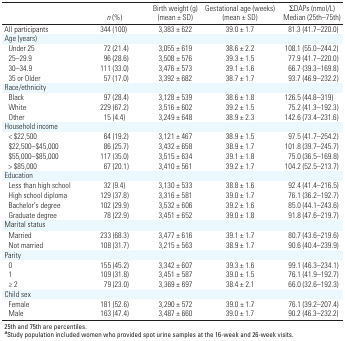
<table><thead><tr><td><b>n (%)</b></td><td><b>Birth weight (g) (mean ± SD)</b></td><td><b>Gestational age (weeks) (mean ± SD)</b></td><td><b>ΣDAPs (nmol/L) Median (25th–75th) </b></td></tr></thead><tbody><tr><td>All participants</td><td></td><td>344 (100)</td><td></td><td>3,383 ± 622</td><td></td><td>39.0 ± 1.7</td><td></td><td>81.3 (41.7–220.0)</td></tr><tr><td>Age (years)</td><td></td><td></td><td></td><td></td><td></td><td></td><td></td><td></td></tr><tr><td>Under 25</td><td></td><td>72 (21.4)</td><td></td><td>3,055 ± 619</td><td></td><td>38.6 ± 2.2</td><td></td><td>108.1 (55.0–244.2)</td></tr><tr><td>25–29.9</td><td></td><td>96 (28.6)</td><td></td><td>3,508 ± 576</td><td></td><td>39.3 ± 1.5</td><td></td><td>77.9 (41.7–220.0)</td></tr><tr><td>30–34.9</td><td></td><td>111 (33.0)</td><td></td><td>3,476 ± 573</td><td></td><td>39.1 ± 1.6</td><td></td><td>66.7 (39.3–169.8)</td></tr><tr><td>35 or Older</td><td></td><td>57 (17.0)</td><td></td><td>3,392 ± 682</td><td></td><td>38.7 ± 1.7</td><td></td><td>93.7 (46.9–232.2)</td></tr><tr><td>Race/ethnicity</td><td></td><td></td><td></td><td></td><td></td><td></td><td></td><td></td></tr><tr><td>Black</td><td></td><td>97 (28.4)</td><td></td><td>3,128 ± 539</td><td></td><td>38.6 ± 1.8</td><td></td><td>126.5 (44.8–319)</td></tr><tr><td>White</td><td></td><td>229 (67.2)</td><td></td><td>3,516 ± 602</td><td></td><td>39.2 ± 1.5</td><td></td><td>75.2 (41.3–192.3)</td></tr><tr><td>Other</td><td></td><td>15 (4.4)</td><td></td><td>3,249 ± 648</td><td></td><td>38.9 ± 2.3</td><td></td><td>142.6 (73.4–231.6)</td></tr><tr><td>Household income</td><td></td><td></td><td></td><td></td><td></td><td></td><td></td><td></td></tr><tr><td>&lt; $22,500</td><td></td><td>64 (19.2)</td><td></td><td>3,121 ± 467</td><td></td><td>38.9 ± 1.5</td><td></td><td>97.5 (41.7–254.2)</td></tr><tr><td>$22,500–$45,000</td><td></td><td>86 (25.7)</td><td></td><td>3,432 ± 658</td><td></td><td>38.9 ± 1.7</td><td></td><td>101.8 (39.7–245.7)</td></tr><tr><td>$55,000–$85,000</td><td></td><td>117 (35.0)</td><td></td><td>3,515 ± 634</td><td></td><td>39.1 ± 1.8</td><td></td><td>75.0 (36.5–169.8)</td></tr><tr><td>&gt; $85,000</td><td></td><td>67 (20.1)</td><td></td><td>3,410 ± 561</td><td></td><td>39.2 ± 1.7</td><td></td><td>104.2 (52.5–213.7)</td></tr><tr><td>Education</td><td></td><td></td><td></td><td></td><td></td><td></td><td></td><td></td></tr><tr><td>Less than high school</td><td></td><td>32 (9.4)</td><td></td><td>3,130 ± 533</td><td></td><td>38.8 ± 1.6</td><td></td><td>92.4 (41.4–216.5)</td></tr><tr><td>High school diploma</td><td></td><td>129 (37.8)</td><td></td><td>3,316 ± 581</td><td></td><td>39.0 ± 1.7</td><td></td><td>76.1 (36.2–192.7)</td></tr><tr><td>Bachelor’s degree</td><td></td><td>102 (29.9)</td><td></td><td>3,532 ± 606</td><td></td><td>39.2 ± 1.6</td><td></td><td>85.0 (44.1–243.6)</td></tr><tr><td>Graduate degree</td><td></td><td>78 (22.9)</td><td></td><td>3,451 ± 652</td><td></td><td>39.0 ± 1.8</td><td></td><td>91.8 (47.6–219.7)</td></tr><tr><td>Marital status</td><td></td><td></td><td></td><td></td><td></td><td></td><td></td><td></td></tr><tr><td>Married</td><td></td><td>233 (68.3)</td><td></td><td>3,477 ± 616</td><td></td><td>39.1 ± 1.7</td><td></td><td>80.7 (43.6–219.6)</td></tr><tr><td>Not married</td><td></td><td>108 (31.7)</td><td></td><td>3,215 ± 563</td><td></td><td>38.9 ± 1.7</td><td></td><td>90.6 (40.4–239.9)</td></tr><tr><td>Parity</td><td></td><td></td><td></td><td></td><td></td><td></td><td></td><td></td></tr><tr><td>0</td><td></td><td>155 (45.2)</td><td></td><td>3,342 ± 607</td><td></td><td>39.3 ± 1.6</td><td></td><td>99.1 (46.3–234.1)</td></tr><tr><td>1</td><td></td><td>109 (31.8)</td><td></td><td>3,451 ± 587</td><td></td><td>39.0 ± 1.5</td><td></td><td>76.1 (41.9–192.7)</td></tr><tr><td>≥ 2</td><td></td><td>79 (23.0)</td><td></td><td>3,369 ± 697</td><td></td><td>38.4 ± 2.1</td><td></td><td>66.0 (32.6–192.3)</td></tr><tr><td>Child sex</td><td></td><td></td><td></td><td></td><td></td><td></td><td></td><td></td></tr><tr><td>Female</td><td></td><td>181 (52.6)</td><td></td><td>3,290 ± 572</td><td></td><td>39.0 ± 1.7</td><td></td><td>76.1 (39.2–207.4)</td></tr><tr><td>Male</td><td></td><td>163 (47.4)</td><td></td><td>3,487 ± 660</td><td></td><td>39.0 ± 1.7</td><td></td><td>90.2 (46.3–232.2)</td></tr><tr><td colspan="9">25th and 75th are percentiles. aStudy population includedwomen who provided spot urine samples at the 16-week and 26-weekvisits.</td></tr></tbody></table>